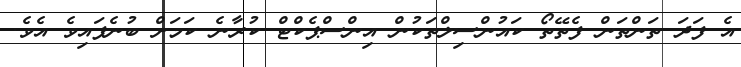
އެ ފަދަ ތަންތަން ފެތޭތޯ ކައުންސިލްތަކުން އިންސްޕެކްޓް ކުރާނެ ކަމަށް ބުނެފައިވެ އެވެ.